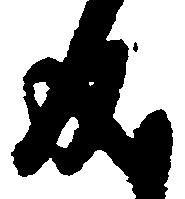
成